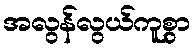
အလွန်လွယ်ကူစွာ